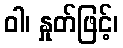
ဝါ၊ နှုတ်ဖြင့်၊